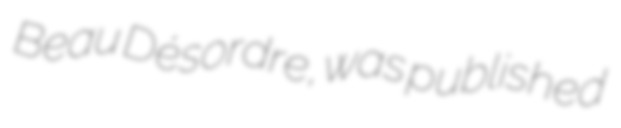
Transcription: Beau Désordre, was published